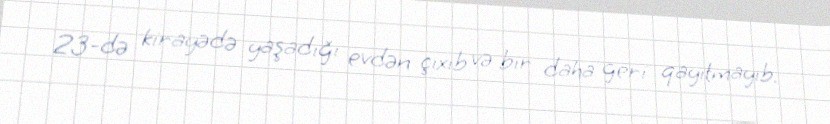
23-də kirayədə yaşadığı evdən çıxıb və bir daha geri qayıtmayıb.